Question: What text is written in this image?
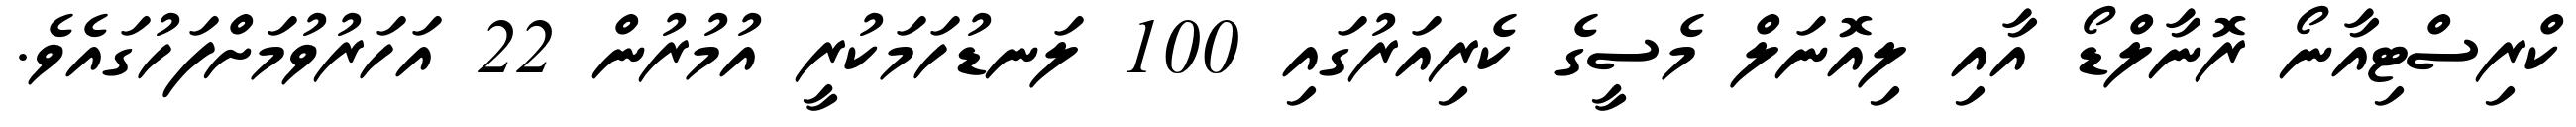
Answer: ކްރިސްޓިއާނޯ ރޮނާލްޑޯ އާއި ލިއޮނަލް މެސީގެ ކެރިއަރުގައި 100 ލަނޑުހަމަކުރީ އުމުރުން 22 އަހަރުވުމަށްފަހުގައެވެ.